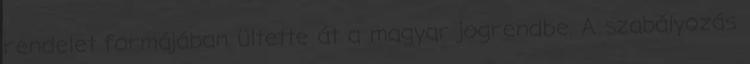
rendelet formájában ültette át a magyar jogrendbe. A szabályozás